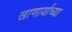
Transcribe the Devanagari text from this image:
खाणार्याच्या